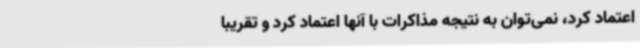
اعتماد کرد، نمی‌توان به نتیجه مذاکرات با آنها اعتماد کرد و تقریباً